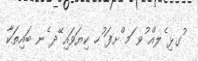
ުގޅި ެލއް ުވ ަމ ްށފަ ުހ ކިޔަވައި ޭދ ެނ ބައިތަކާ